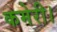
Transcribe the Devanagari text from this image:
कमेरी।